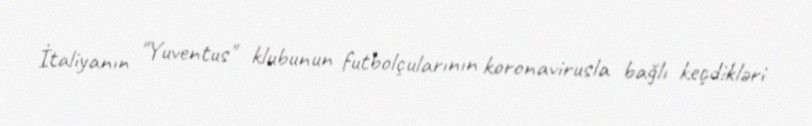
İtaliyanın "Yuventus" klubunun futbolçularının koronavirusla bağlı keçdikləri